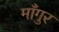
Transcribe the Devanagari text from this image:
माँगुर